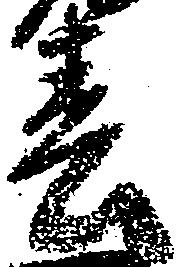
春